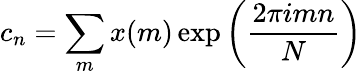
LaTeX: c_{n}=\sum_{m}x(m)\exp\left(\frac{2\pi imn}{N}\right)